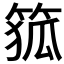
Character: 𮅜